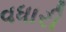
વધારી